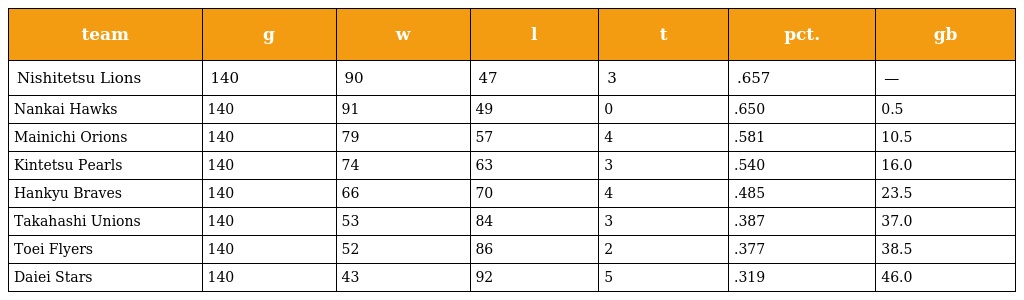
| team | g | w | l | t | pct. | gb |
 | --- | --- | --- | --- | --- | --- | --- |
 | Nishitetsu Lions | 140 | 90 | 47 | 3 | .657 | — |
 | Nankai Hawks | 140 | 91 | 49 | 0 | .650 | 0.5 |
 | Mainichi Orions | 140 | 79 | 57 | 4 | .581 | 10.5 |
 | Kintetsu Pearls | 140 | 74 | 63 | 3 | .540 | 16.0 |
 | Hankyu Braves | 140 | 66 | 70 | 4 | .485 | 23.5 |
 | Takahashi Unions | 140 | 53 | 84 | 3 | .387 | 37.0 |
 | Toei Flyers | 140 | 52 | 86 | 2 | .377 | 38.5 |
 | Daiei Stars | 140 | 43 | 92 | 5 | .319 | 46.0 |